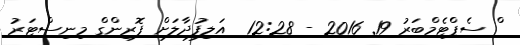
ް ސެޕްޓެމްބަރު 19